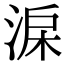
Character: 淭